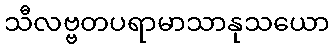
သီလဗ္ဗတပရာမာသာနုသယော